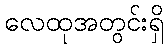
လေထုအတွင်းရှိ